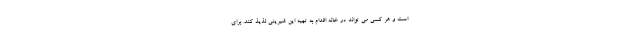
است و هر کسی می تواند در خانه اقدام به تهیه این شیرینی لذیذ کند. برای